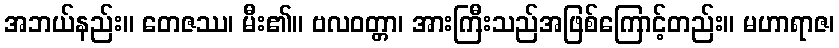
အဘယ်နည်း။ တေဇဿ၊ မီး၏။ ဗလဝတ္တာ၊ အားကြီးသည်အဖြစ်ကြောင့်တည်း။ မဟာရာဇ၊